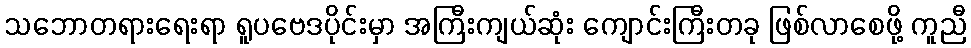
သဘောတရားရေးရာ ရူပဗေဒပိုင်းမှာ အကြီးကျယ်ဆုံး ကျောင်းကြီးတခု ဖြစ်လာစေဖို့ ကူညီ